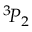
{ } ^ { 3 } \! P _ { 2 }